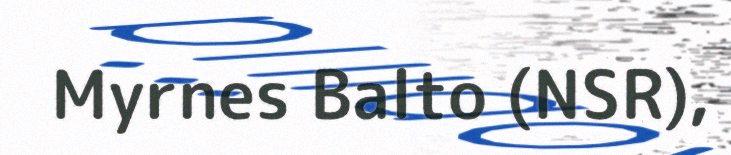
Myrnes Balto (NSR),